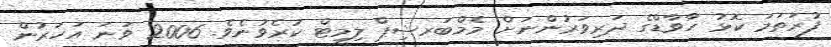
ފުރަތަމަ ކޮޅު ހާވާޑްގެ ދަރިވަރުންނަށް މެމްބަރޝިޕް ލިމިޓް ކުރެވުނެވެ. 2006 ވަނަ އަހަރުން